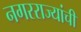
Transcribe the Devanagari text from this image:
नगरराज्यांची